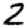
Digit: 2